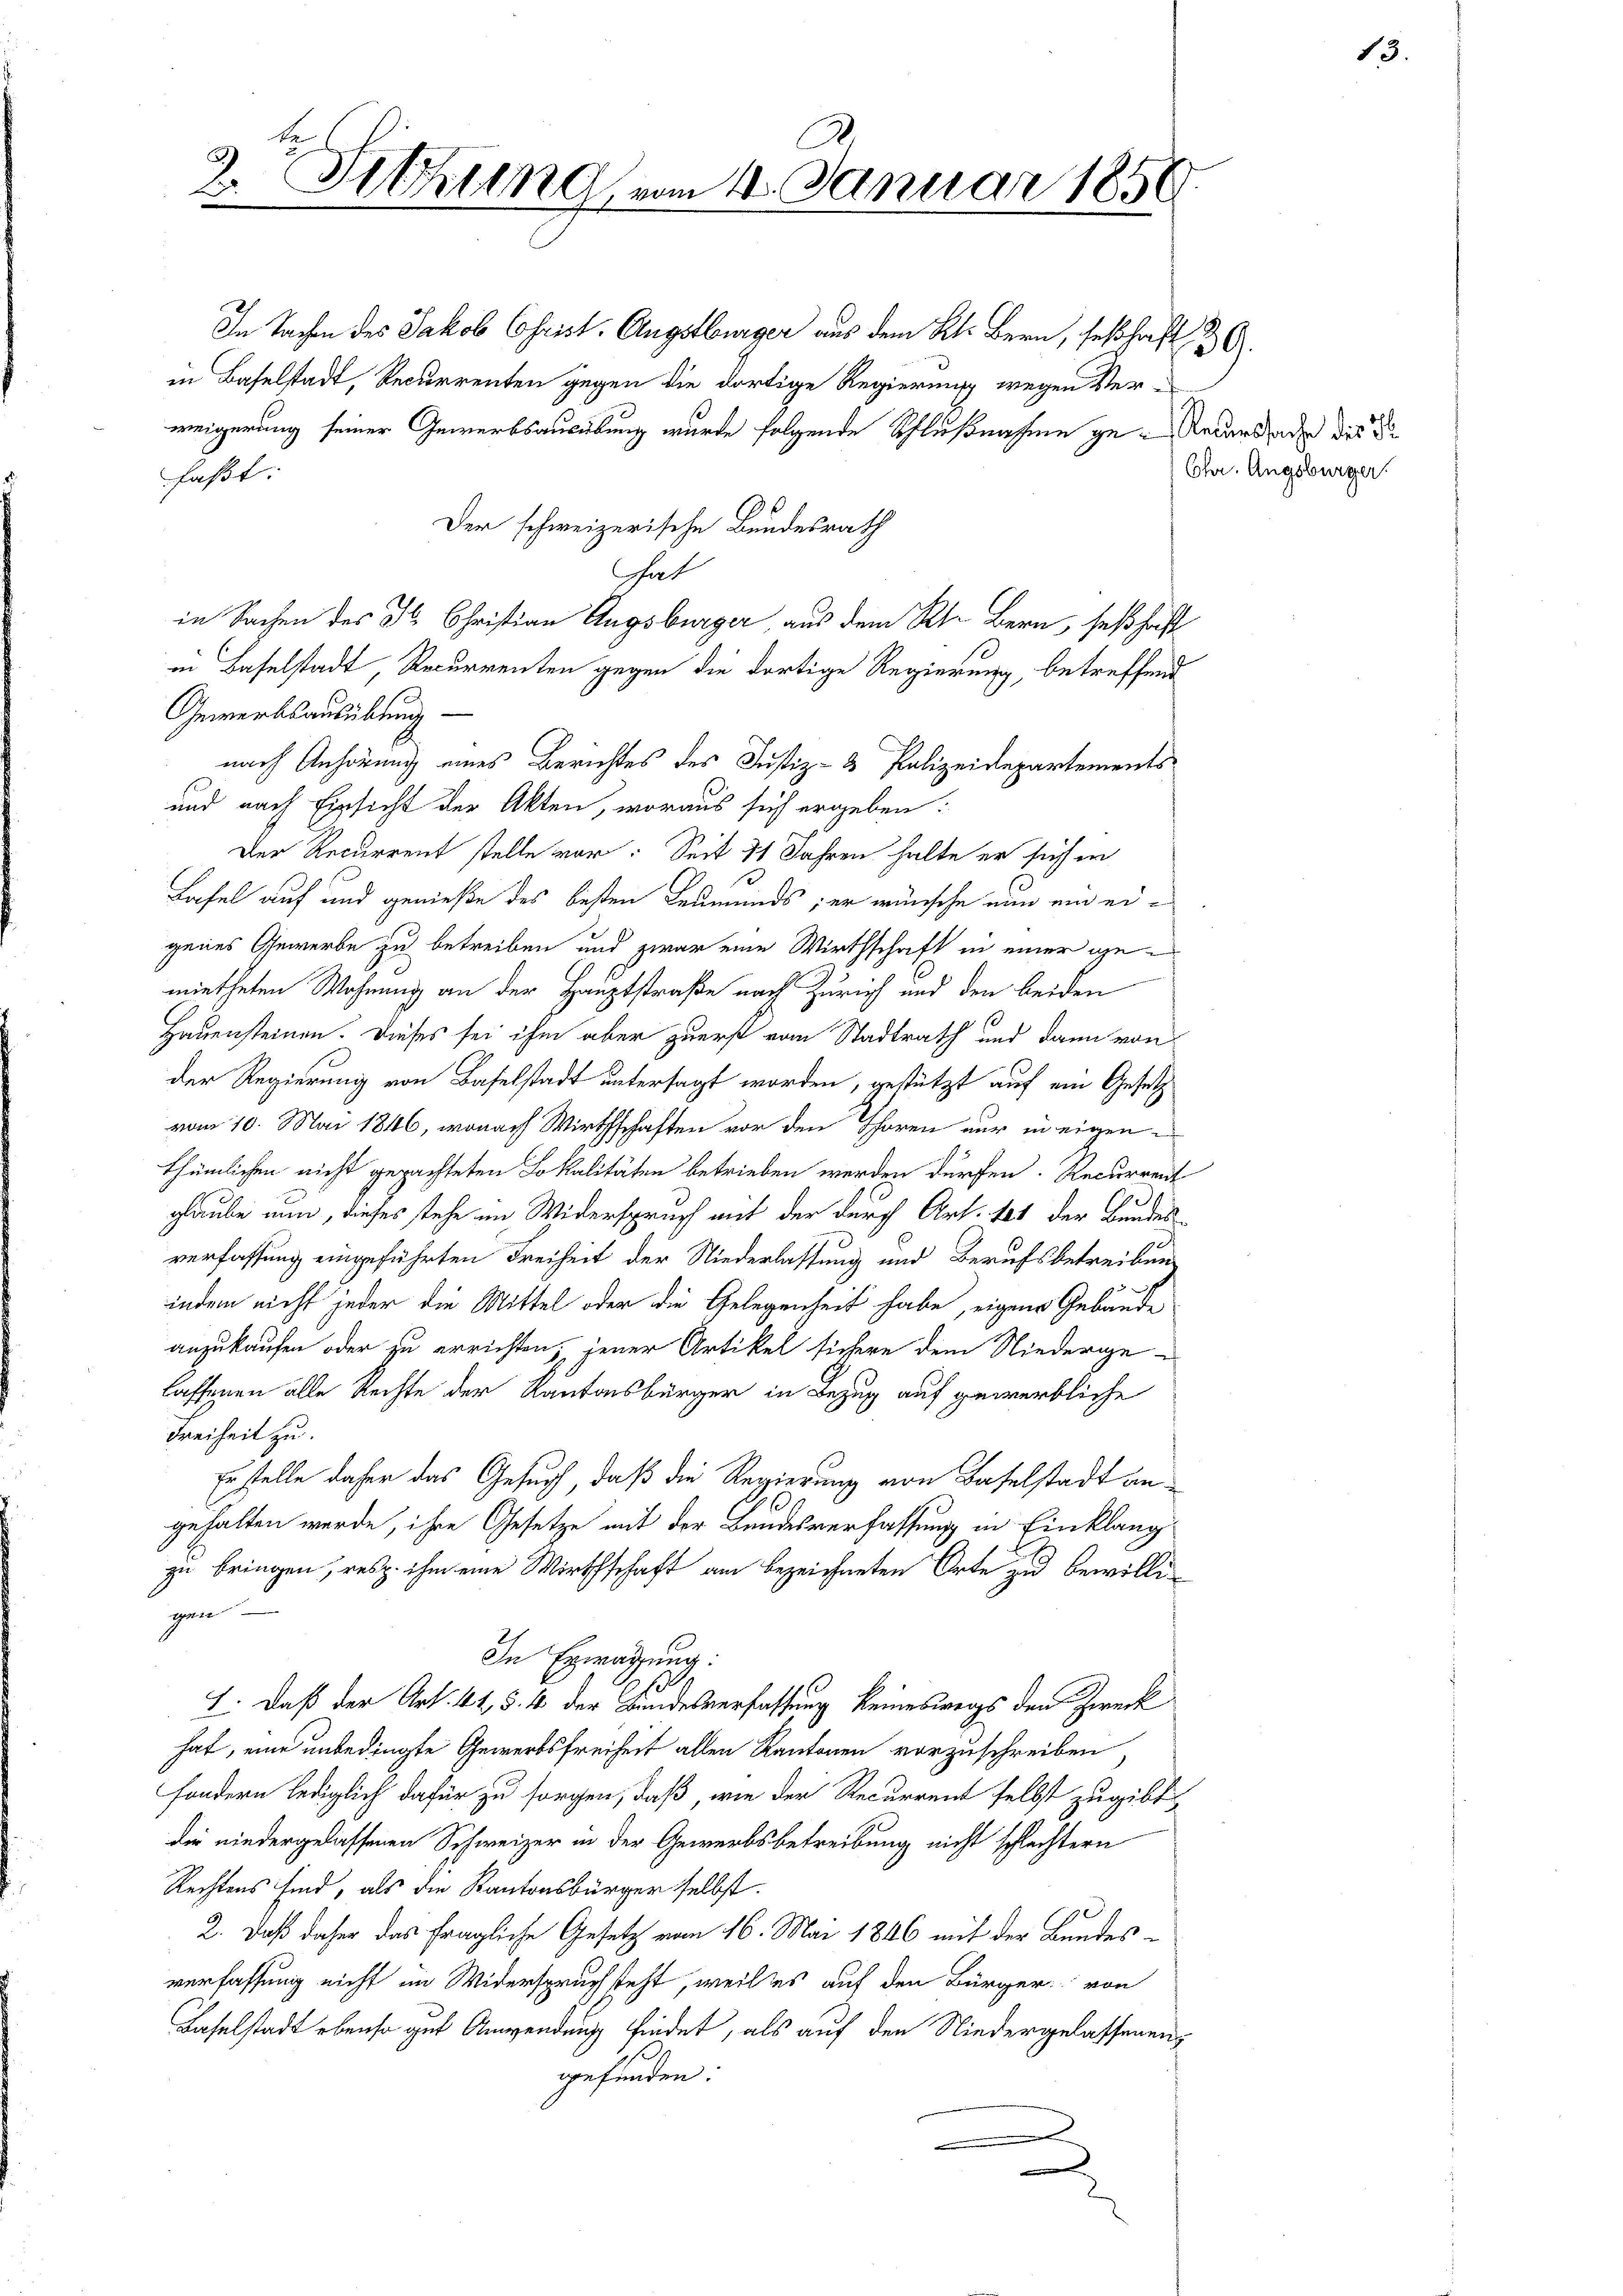
In Sachen des Jakob Christ. Augstburger aus dem Kt. Bern, seßhaft 26.
in Baselstadt, Recurrenten gegen die dortige Regierung wegen Ver-
weigerung seiner Gewerbsausübung wurde folgende Schlußnahme ge- Recurssade die S
faßt:
Der schweizerische Bundesrath
hat
in Sachen des 3. Christian Augsburger, aus dem Kl. Bern, seßhaft
in Baselstadt, Recurrenten gegen die dortige Regierung, betreffend
Gewerbsausübung
nach Anhörung eines Berichtes des Justiz- & Polizeidepartements
und nach Einsicht der Akten, woraus sich ergeben:
Der Recurrent stelle vor: Seit 11 Jahren halte er sich in
Lafel auf und genieße des besten Leumunds; er wünsche nun ein eigenes Gewerbe zu betreiben und zwar eine Wirthschaft in einer gemietheten Wohnung an der Hauptstraße nach Zürich und den beiden
Hauensteinen. Dieses sei ihm aber zuerst vom Stadtrath und dann von
der Regierung von Baselstadt untersagt worden, gestützt auf ein Gesetz
vom 10. Mai 1846, wonach Wirthschaften vor den Thoren nur in eigen
thümlichen nicht gepachteten Lokalitäten betrieben werden dürfen. Recurrent
glaube nun, dieses stehe im Widerspruch mit der durch Art. 101 der Bundes-
verfassung eingeführten Freiheit der Niederlassung und Berufsbetreibung
indem nicht jeder die Mittel oder die Gelegenheit habe, eigene Gebäude
anzukaufen oder zu errichten; jener Artikel sichere dem Niederge-
laffenen alle Rechte der Kantonsbürger in Bezug auf gewerbliche
Freiheit zu.
Erstelle daher das Gesuch, daß die Regierung von Baselstadt angehalten werde, ihre Gesetze mit der Bundesverfassung in Einklang
zu bringen, resp. ihm eine Wirthschaft am bezeichneten Orte zu bewilligan
In Erwägung:
I. Daß der Art. 44 §. 4. der Bundesverfassung keineswegs den Zweck
hat, eine unbedingte Gewerbsfreiheit allen Kantonen vorzuschreiben,
sondern lediglich dafür zu sorgen, daß, wie der Recurrent selbst zugibt
die niedergelassenen Schweizer in der Gewerbsbetreibung nicht schlechtern
Rechtens sind, als die Kantonsbürger selbst.
2. Daß daher das fragliche Gesetz vom 16. Mai 1846 mit der Bundesverfassung nicht im Widerspruchsteht, weil es auf den Bürger von
Baselstadt ebenso gut Anwendung findet, als auf den Niedergelassenens
gefunden:
.
e

3. Sittlung vom 11. Januar 1858.

Chr. Augsburger